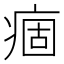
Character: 痼